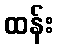
ထန်း